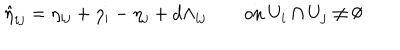
\hat { \eta } _ { i j } = \eta _ { i j } + \eta _ { i } - \eta _ { j } + d \Lambda _ { i j } \qquad \mathrm { o n ~ } U _ { i } \cap { } U _ { j } \neq \emptyset